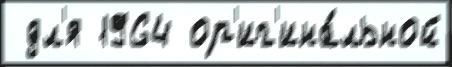
 дл'я 1964 ор'иг'ина́льной